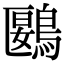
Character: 鶠